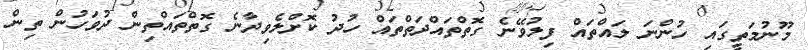
މޫނުމަތީގައި ހުންނަ ލައްތައް ފިލުވޭނެ ގޮތްތައްދަތްތައް ހުދު ކޮށްލެވިދާނެ ގޮތްތައްތިން ދުވަހުން ތިން